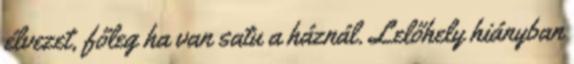
élvezet, főleg ha van satu a háznál. Lelőhely hiányban